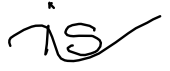
Text: is
Cross-out: wave
Writing tool: digital_black